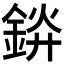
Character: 𬫞